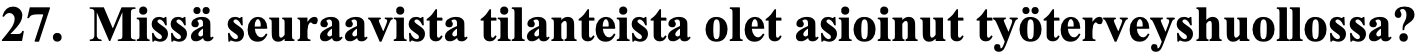
27. Missä seuraavista tilanteista olet asioinut työterveyshuollossa?